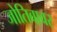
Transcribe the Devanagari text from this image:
जोतिबावर